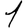
Digit: 1